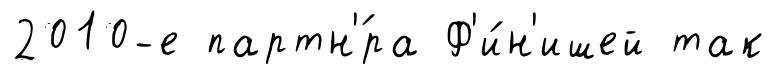
2010-е партн'́ра Ф'и́н'ишей так